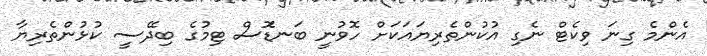
އެންމެ ގިނަ ވިކެޓް ނެގި އުކުންތެރިޔައަކަށް ހޮވުނީ ބަނޑޮަސް ޓިމުގެ ބިދޭސީ ކުޅުންތެރިޔާ